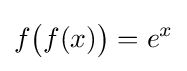
f{\bigl (}f(x){\bigr )}=e^{x}